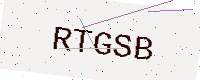
Text: RTGSB